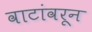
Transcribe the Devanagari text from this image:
वाटांवरून